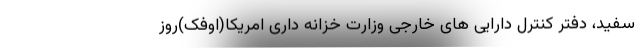
سفید، دفتر کنترل دارایی های خارجی وزارت خزانه داری امریکا(اوفک)روز